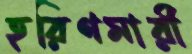
হরিণমারী